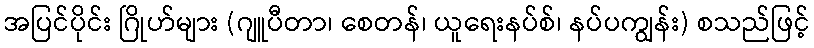
အပြင်ပိုင်း ဂြိုဟ်များ (ဂျူပီတာ၊ စေတန်၊ ယူရေးနပ်စ်၊ နပ်ပကျွန်း) စသည်ဖြင့်